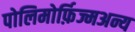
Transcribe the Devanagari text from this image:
पोलिमोर्फ़िज्मअन्य